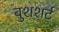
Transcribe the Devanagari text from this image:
बुशशर्ट